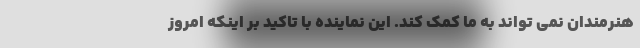
هنرمندان نمی تواند به ما کمک کند. این نماینده با تاکید بر اینکه امروز